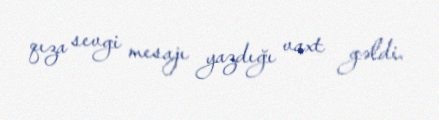
qıza sevgi mesajı yazdığı vaxt gəldi.